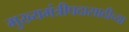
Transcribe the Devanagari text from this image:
मुख्यमंत्रीपदासाठीच्या